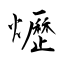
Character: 爏